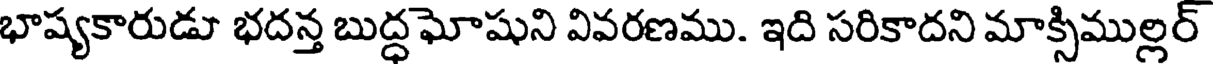
భాష్యకారుడూ భదన్త బుద్ధ ఘోషుని వివరణము. ఇది సరికాదని మాక్సిముల్లర్